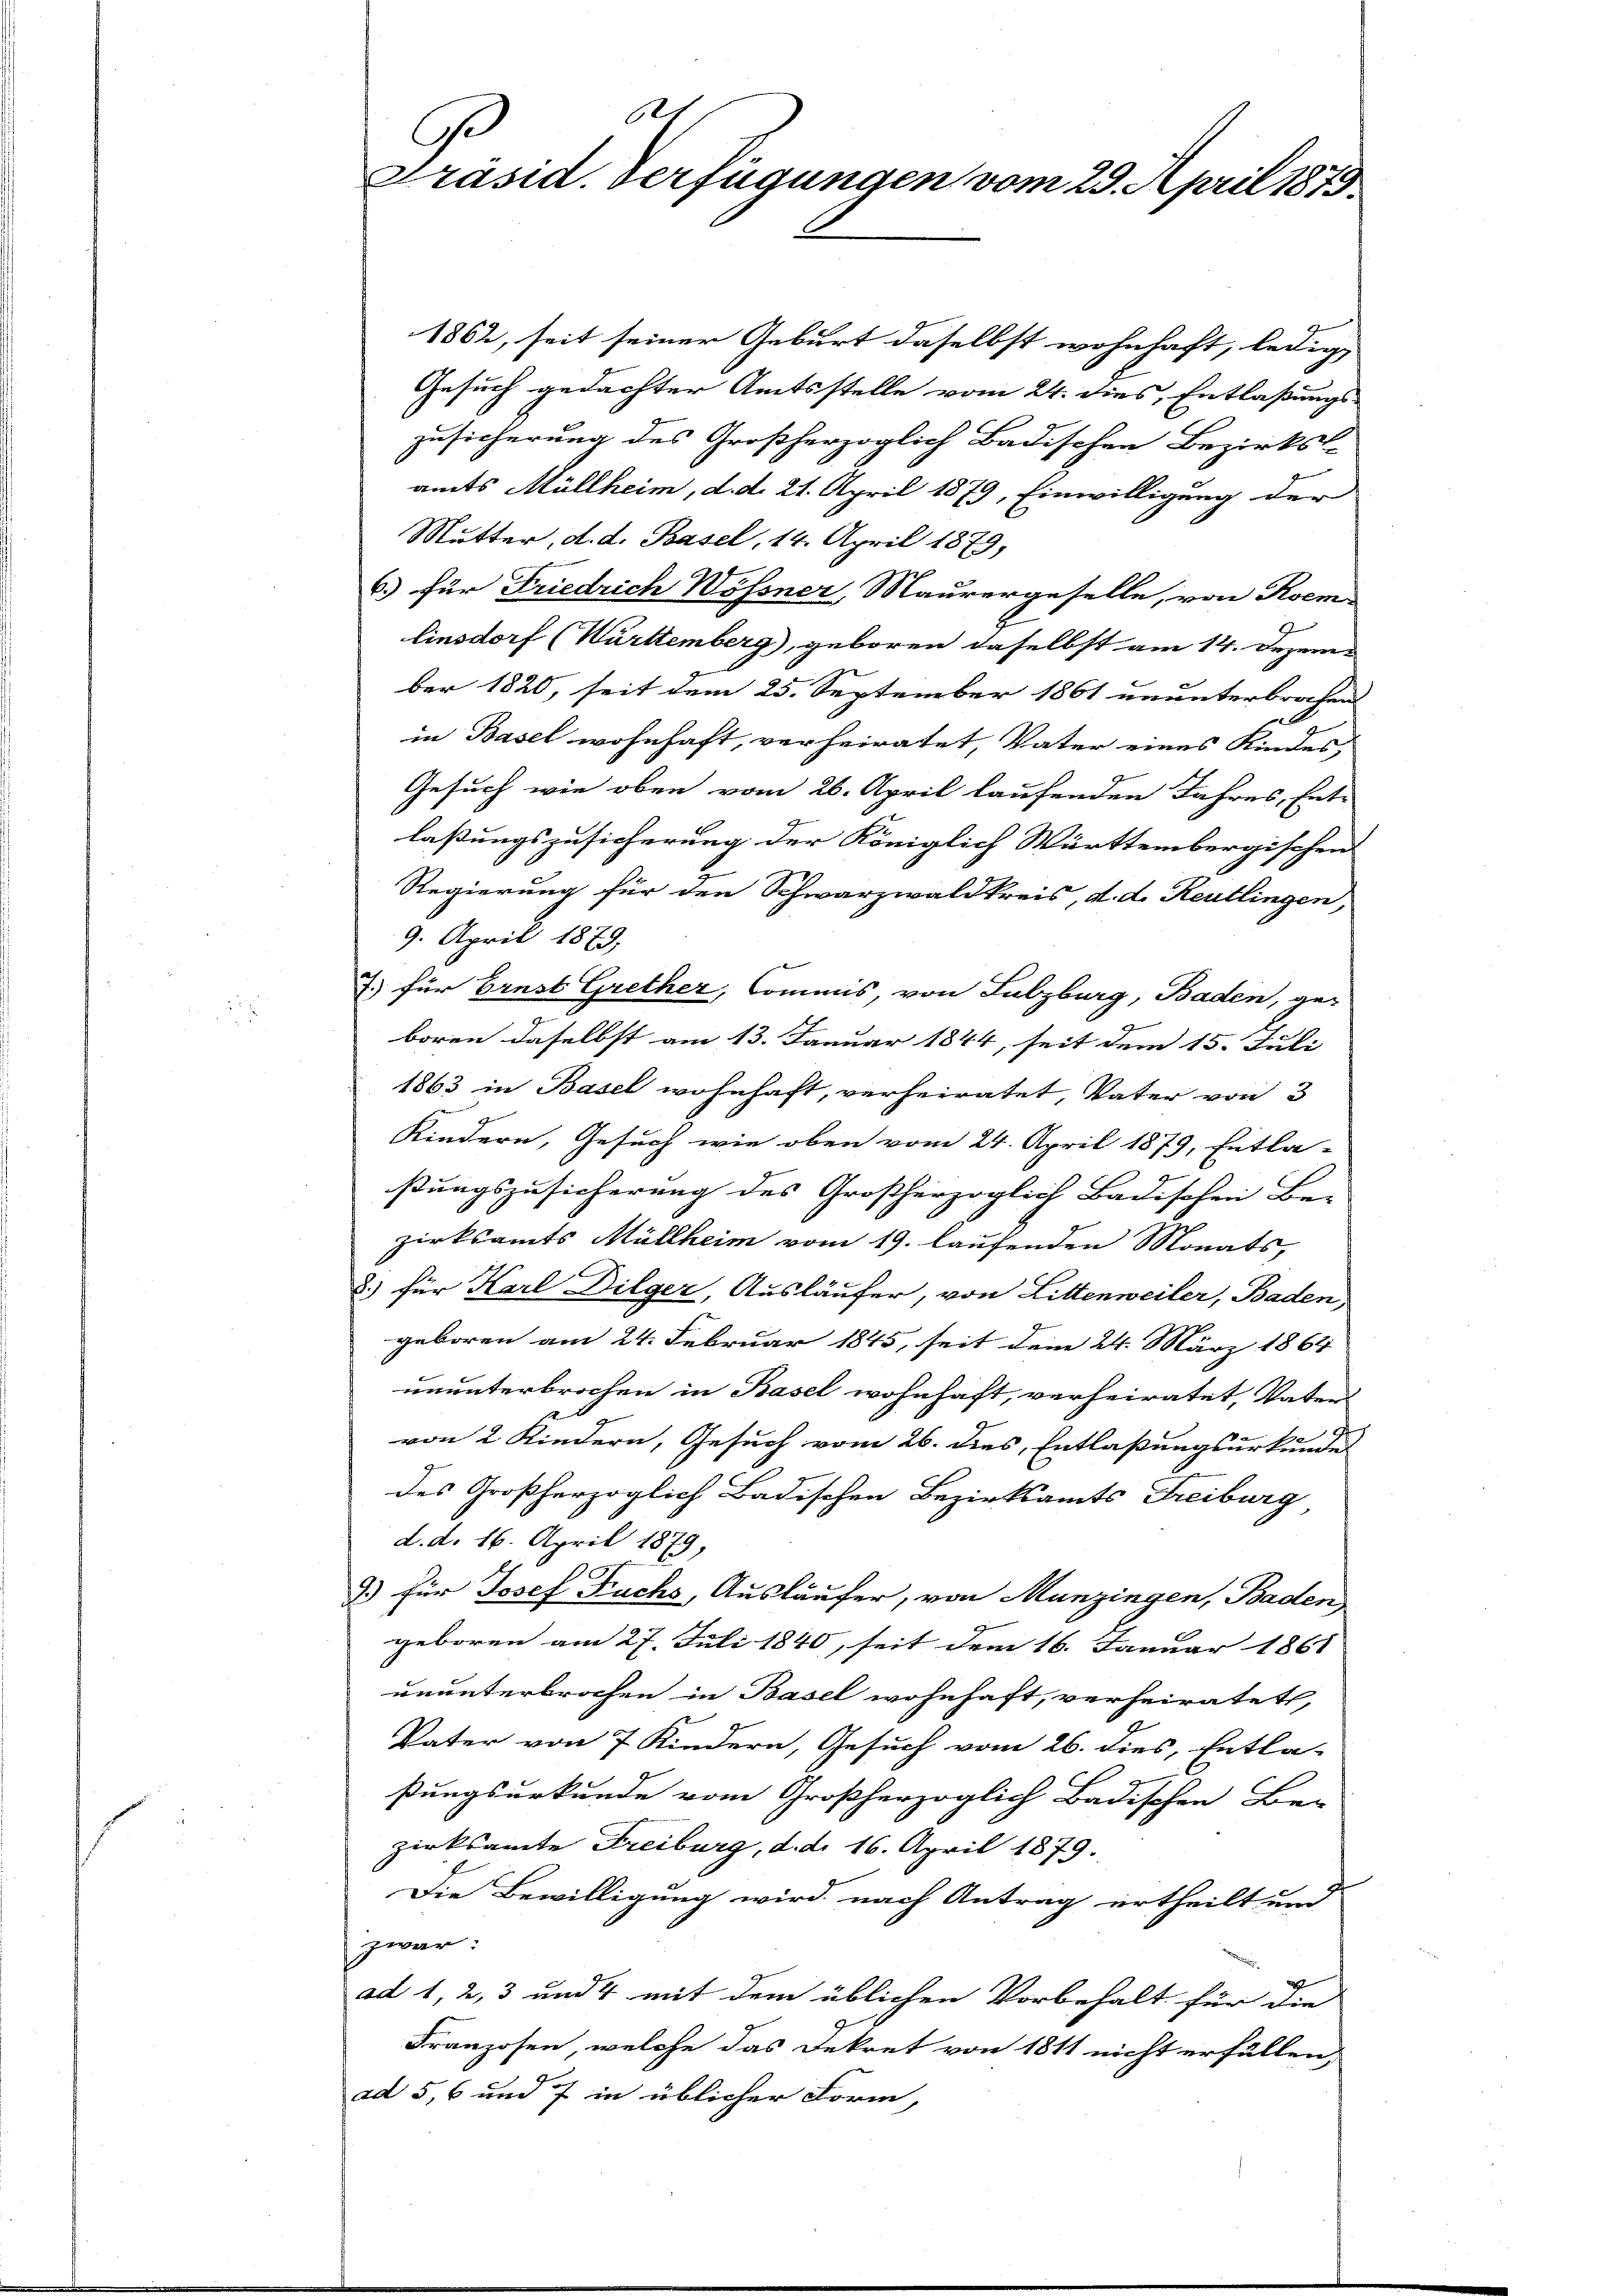
e
C
Präsid. Verfügungen vom 29. April 1873.

1862, seit seiner Geburt daselbst wohnhaft, ledig- |
Gesuch gedachter Amtsstelle vom 24. dies, Entlaßungs-
zusicherung des Großherzoglich Badischen Bezirks-
amts Müllheim, d. d. 21. April 1879, Einwilligung der
Mutter, d. d. Basel, 14. April 1879,
6.) für Friedrich Wössner, Maurergeselle, von Kem¬
Einsdorf (Württemberg), geboren daselbst am 14. Dezem
ber 1820, seit dem 25. September 1861 ununterbrochen
in Basel wohnhaft, verheiratet, Vater eines Kindes,
Gesuch wie oben vom 26. April laufenden Jahres, Ent-
laßungszusicherung der Königlich Württembergischen
Regierung für den Schwarzwaldkreis, d. d. Reutlingen,
9. April 1879,
7. für Ernst Grether, Commis, von Subzburg, Baden, ge-
boren daselbst am 13. Januar 1844, seit dem 15. Juli
1863 in Basel wohnhaft, verheiratet, Vater von 3
Kindern, Gesuch wie oben vom 24. April 1879, Entla-
ßungszusicherung des Großherzoglich Badischen Be-
zirksamts Müllheim vom 19. laufenden Monats,
8.) für Karl Dilger, Ausläufer, von Littenweiler, Baden
geboren am 24. Februar 1845, seit dem 24. März 1864
ununterbrochen in Basel wohnhaft, verheiratet, Vaters
von 2 Kindern, Gesuch vom 26. dies, Entlaßungsurkundes
des Großherzoglich Badischen Bezirksamts Freiburg
d. d. 16. April 1879,
9.) Für Josef Fuchs, Ausläufer, von Munzingen, Baden
geboren am 27. Juli 1840, seit dem 16. Januar 1861
ununterbrochen in Basel wohnhaft, verheiratet,
Vater von 7 Kindern, Gesuch vom 26. dies, Entla-
ßungsurkunde vom Großherzoglich Badischen Be-
zirksamte Freiburg, d. d. 16. April 1879.
Die Bewilligung wird nach Antrag ertheilt und
zwar:
ad 1, 2, 3 und 4 mit dem üblichen Vorbehalt für die
Franzosen, welche das Dekret von 1811 nicht erfüllen,
ad 5, 6 und 7 in üblicher Form,